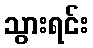
သွားရင်း